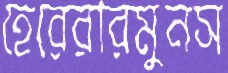
হেরেরারমুনস